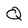
Character: Q